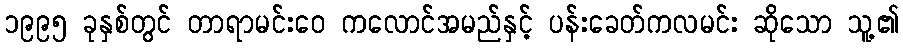
၁၉၉၅ ခုနှစ်တွင် တာရာမင်းဝေ ကလောင်အမည်နှင့် ပန်းခေတ်ကလမင်း ဆိုသော သူ့၏